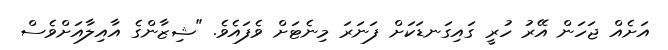
އަށެއް ޖަހަން އޭރު ހުރީ ގައިގަނޑަކަށް ފަނަރަ މިނެޓަށް ވެފައެވެ. "ޝިޒާންގެ އާއިލާއަށްވެސް